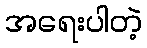
အရေးပါတဲ့